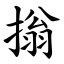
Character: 㨣